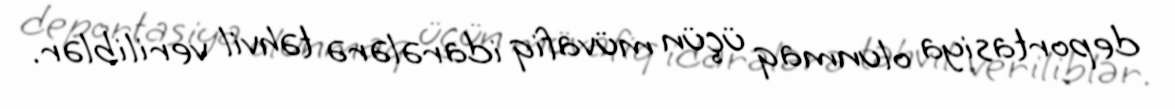
deportasiya olunmaq üçün müvafiq idarələrə təhvil veriliblər.